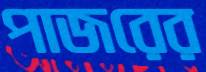
পাজরের